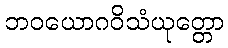
ဘဝယောဂဝိသံယုတ္တော